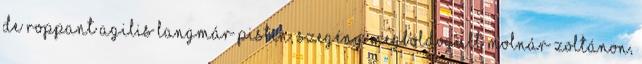
de roppant agilis Langmár Pistin, szegény megboldogult Molnár Zoltánon,